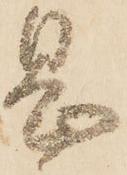
息